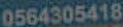
0564305418